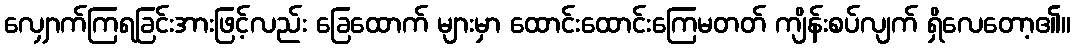
လျှောက်ကြရခြင်းအားဖြင့်လည်း ခြေထောက် များမှာ ထောင်းထောင်းကြေမတတ် ကျိန်းစပ်လျက် ရှိလေတော့၏။